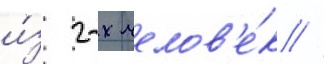
и́з 2-х челов'е́к //